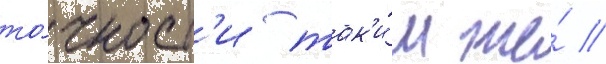
то́чност'и так'и́м же́ //